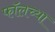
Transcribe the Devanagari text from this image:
फॉलच्या